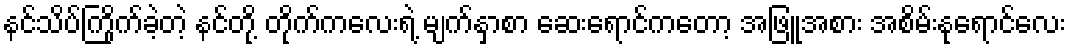
နင်သိပ်ကြိုက်ခဲ့တဲ့ နင်တို့ တိုက်ကလေးရဲ့ မျက်နှာစာ ဆေးရောင်ကတော့ အဖြူအစား အစိမ်းနုရောင်လေး